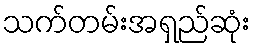
သက်တမ်းအရှည်ဆုံး